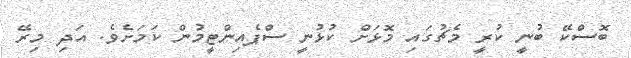
ބޮސްކޭ ބުނީ ކުރީ މެޗުގައި މޮޅަށް ކުޅުނީ ސްޕެއިންޓީމުން ކަމަށެވެ. އަދި މިރޭ